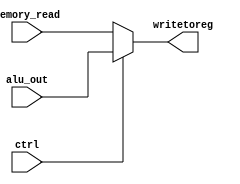
`timescale 1ns / 1ps
//////////////////////////////////////////////////////////////////////////////////
// Company: 
// 
// Design Name: 
// Module Name:    write_back 
// Project Name: RISC V Processor Design
// Target Devices: 
// Tool versions: 
// Description: 
//
// Dependencies: 
//
// Revision: 
// Revision 0.01 - File Created
// Additional Comments: 
//
//////////////////////////////////////////////////////////////////////////////////
module write_back(input [31:0] alu_out, input [31:0] memory_read, input ctrl, output [31:0] writetoreg
    );
assign writetoreg=ctrl?alu_out:memory_read;
endmodule